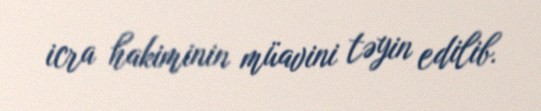
icra hakiminin müavini təyin edilib.